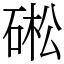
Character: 硹